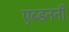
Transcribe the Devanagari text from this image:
एब्डननीं